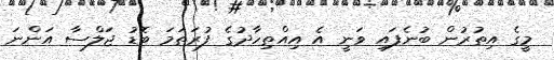
މީގެ އިތުރުން ބުނެފައި ވަނީ އެ އިއްތިހާދުގެ ފުރަތަމަ ބޮޑު ޖަލްސާ އަންނަ